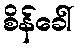
စိန်ခေါ်